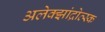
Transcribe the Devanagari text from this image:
अलेक्झांद्रोव्स्क